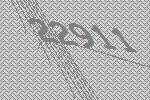
22911